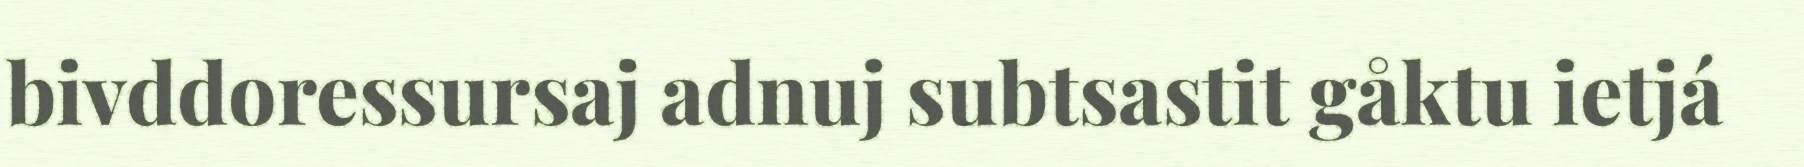
bivddoressursaj adnuj subtsastit gåktu ietjá